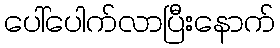
ပေါ်ပေါက်လာပြီးနောက်